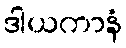
ဒါယကာနံ